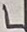
Text: L